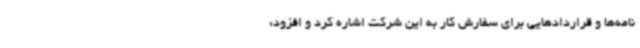
‌نامه‌ها و قراردادهایی برای سفارش کار به این شرکت اشاره کرد و افزود: